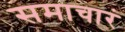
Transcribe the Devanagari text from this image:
समाचारं